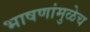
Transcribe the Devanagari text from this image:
भाषणांमुळेच